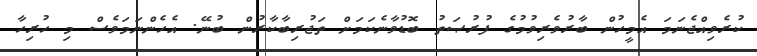
ކުރެވިއްޖެނަމަ އެމީހުން ބާރުވެރިވުމުގެ ފުރުޞަތު ބޮޑުވާނެކަމަށް ތަޖުރިބާކާރުން ބުނޭ. އެހެންނަމަވެސް މި ހުރިހާ